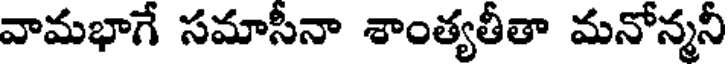
వామభాగే సమాసీనా శాంత్యతీతా మనోన్మనీ